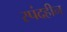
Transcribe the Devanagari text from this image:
स्पंदहीन